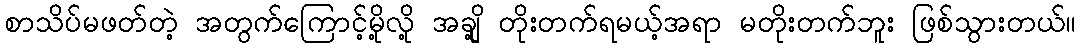
စာသိပ်မဖတ်တဲ့ အတွက်ကြောင့်မို့လို့ အချို့ တိုးတက်ရမယ့်အရာ မတိုးတက်ဘူး ဖြစ်သွားတယ်။